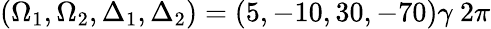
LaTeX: (\Omega_{1},\Omega_{2},\Delta_{1},\Delta_{2})=(5,-10,30,-70)\gamma~2\pi